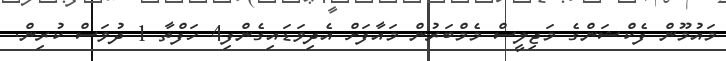
މައުމޫން ފެކްޝަންގެ މަޖިލީސް މެމްބަރުން މައާފަށް އެދިވަޑައިގެންފި4 ހަފްތާ 1 ދުވަސް ކުރިން.